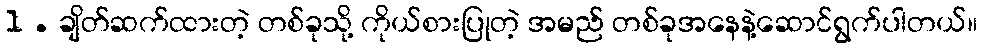
1 . ချိတ်ဆက်ထားတဲ့ တစ်ခုသို့ ကိုယ်စားပြုတဲ့ အမည် တစ်ခုအနေနဲ့ဆောင်ရွက်ပါတယ်။